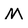
Character: M